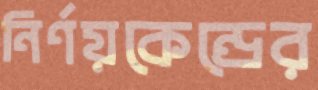
নির্ণয়কেন্দ্রের